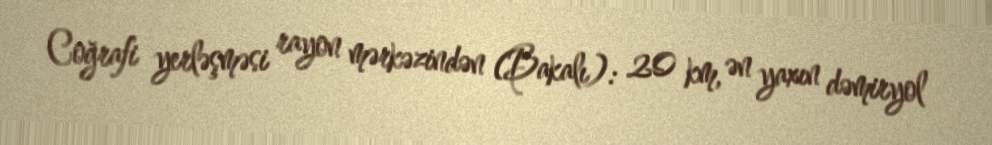
Coğrafi yerləşməsi rayon mərkəzindən (Bakalı): 20 km, ən yaxın dəmiryol